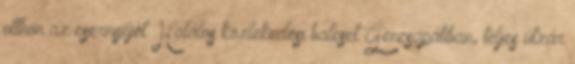
otthon az esernyőjét Halálos közlekedési baleset Gencsapátiban, teljes útzár